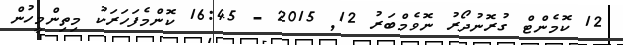
12 ކޮމެންޓް ގުރޮނުދޯރު ނޮވެމްބަރު 12